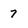
Character: 7